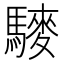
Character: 䮮